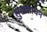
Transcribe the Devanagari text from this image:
सुखसाधन